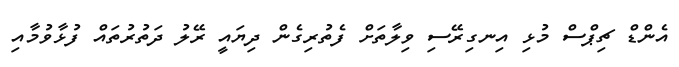
އެންޑް ޗިޕްސް މުޅި އިނގިރޭސި ވިލާތަށް ފެތުރިގެން ދިޔައީ ރޭލު ދަތުރުތައް ފުޅާވުމާއި